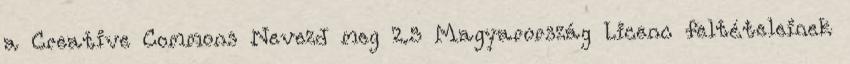
a Creative Commons Nevezd meg 2.5 Magyarország Licenc feltételeinek